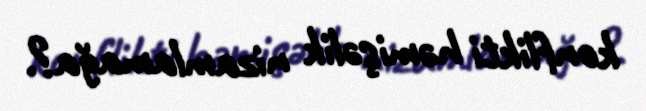
konflikti həmişəlik nizamlamağa?.